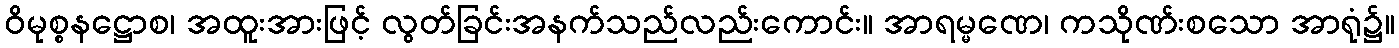
ဝိမုစ္စနဋ္ဌောစ၊ အထူးအားဖြင့် လွတ်ခြင်းအနက်သည်လည်းကောင်း။ အာရမ္မဏေ၊ ကသိုဏ်းစသော အာရုံ၌။